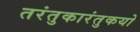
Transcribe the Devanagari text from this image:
तरंतुकारंतुकयो